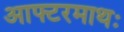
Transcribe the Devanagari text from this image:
आफ्टरमाथः